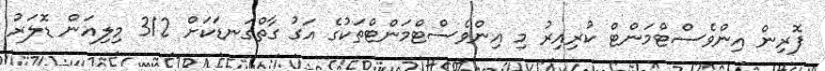
ފޮރިން އިންވެސްޓްމަންޓް ކުރިއިރު މި އިންވެސްޓްމަންޓްތަކުގެ އަގު ގާތްގަނޑަކަށް 312 މިލިއަން ޑޮލަރު